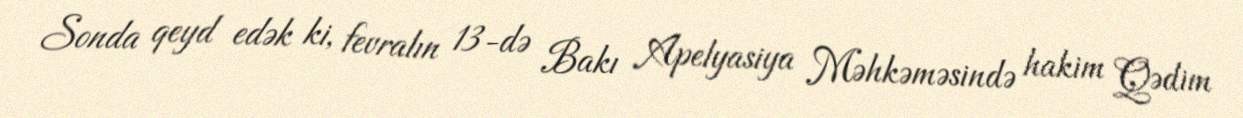
Sonda qeyd edək ki, fevralın 13-də Bakı Apelyasiya Məhkəməsində hakim Qədim